Document type: Sale
Year: 1430
Scribe: [Unknown]
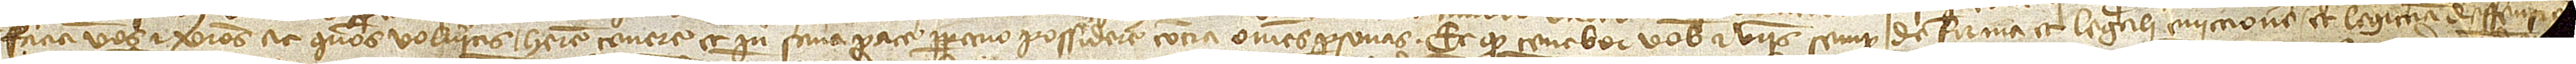
faciam vos et vestros ac quos volueritis habere, tenere et in sana pace perpetuo possidere contra omnes personas. Et quod tenebor vobis et vestris semper de firma et legali eviccione et legittima deffensio-